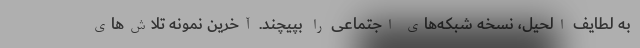
به لطایف الحیل، نسخه شبکه‌های اجتماعی را بپیچند. آخرین نمونه تلاش‌های